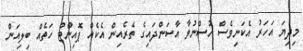
މިދިޔަ އަހަރު އެކަނިވެސް ހުސްނުވާ އާސަންދައިގެ ތެރެއިން އެކެއް ޕޮއިންޓް ހަތެއް ބިލިއަން